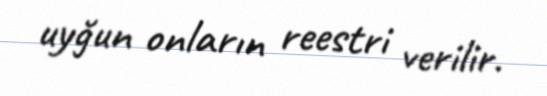
uyğun onların reestri verilir.